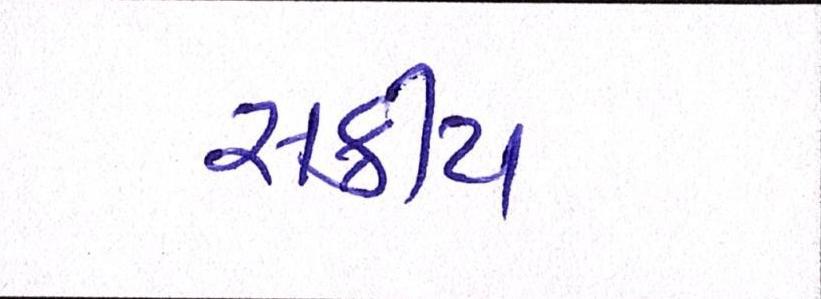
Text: સક્રીય